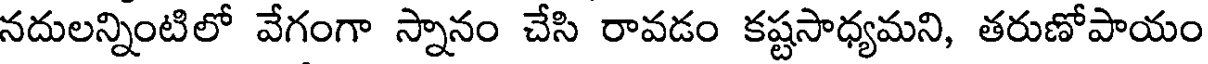
నదులన్నింటిలో వేగంగా స్నానం చేసి రావడం కష్టసాధ్యమని, తరుణోపాయం